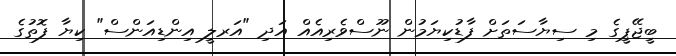
ބީޖޭޕީގެ މި ސިޔާސަތަށް ފާޑުކިޔަމުން ނޫސްވެރިއެއް އަދި "އަރލީ އިންޑިއަންސް" ކިޔާ ފޮތުގެ